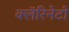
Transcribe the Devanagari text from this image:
क्लॅरिनेटो